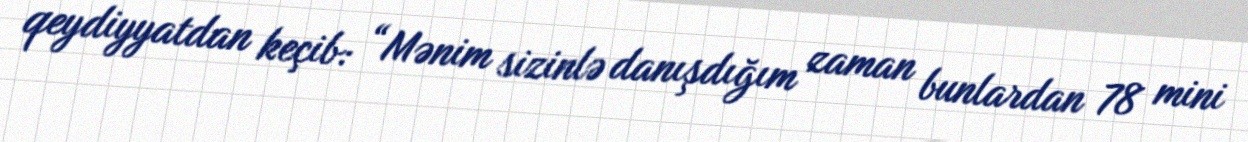
qeydiyyatdan keçib: “Mənim sizinlə danışdığım zaman bunlardan 78 mini